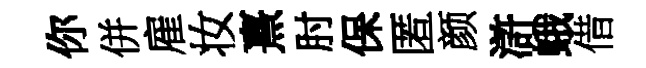
你併雇妆熹肘保匿颜滸蛾借